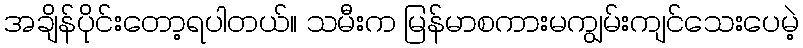
အချိန်ပိုင်းတော့ရပါတယ်။ သမီးက မြန်မာစကားမကျွမ်းကျင်သေးပေမဲ့